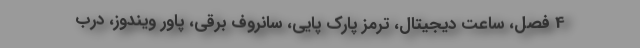
4 فصل، ساعت دیجیتال، ترمز پارک پایی، سانروف برقی، پاور ویندوز، درب